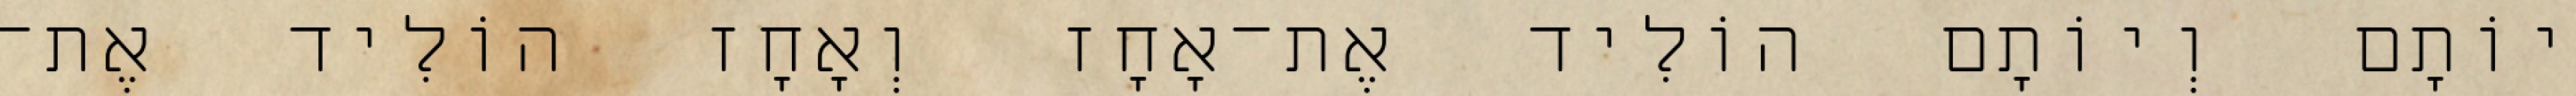
יוֹתָם וְיוֹתָם הוֹלִיד אֶת־אָחָז וְאָחָז הוֹלִיד אֶת־